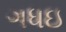
ગધઇ